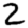
Digit: 2